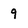
Character: 9